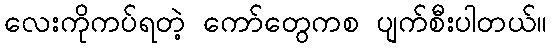
လေးကိုကပ်ရတဲ့ ကော်တွေကစ ပျက်စီးပါတယ်။